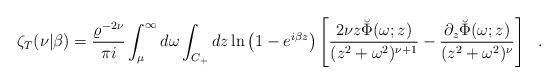
LaTeX: \begin{align*}\zeta_T(\nu|\beta)={\varrho^{-2\nu} \over \pi i}\int_{\mu}^{\infty} d\omega \int_{C_+} dz\ln\left(1-e^{i\beta z}\right)\left[{2\nu z \breve{\Phi}(\omega;z) \over(z^2+\omega^2)^{\nu+1}}-{\partial_z\breve{\Phi}(\omega;z) \over(z^2+\omega^2)^{\nu}}\right]~~.\end{align*}